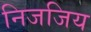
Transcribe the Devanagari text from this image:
निजजिय